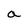
Character: a